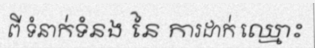
ពី ទំនាក់ទំនង នៃ ការដាក់ ឈ្មោះ